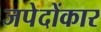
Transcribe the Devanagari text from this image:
जपेदोंकार